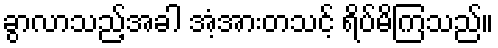
ခွာလာသည့်အခါ အံ့အားတသင့် ရိပ်မိကြသည်။